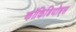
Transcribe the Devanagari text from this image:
कॉकिडियॉड्स